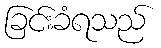
ခြင်းခံရသည်